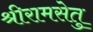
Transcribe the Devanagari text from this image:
श्रीरामसेतु